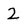
Character: 2